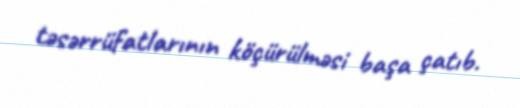
təsərrüfatlarının köçürülməsi başa çatıb.